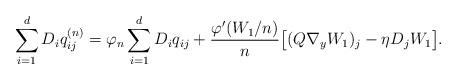
LaTeX: \begin{align*}\sum_{i=1}^d D_iq_{ij}^{(n)} = \varphi_n\sum_{i=1}^d D_iq_{ij} + \frac{\varphi'(W_1/n)}{n}\big[ (Q\nabla_y W_1)_j - \eta D_j W_1\big].\end{align*}